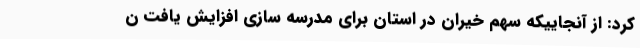
کرد: از آنجاییکه سهم خیران در استان برای مدرسه سازی افزایش یافت ن